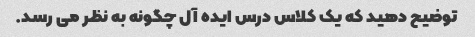
توضیح دهید که یک کلاس درس ایده آل چگونه به نظر می رسد.